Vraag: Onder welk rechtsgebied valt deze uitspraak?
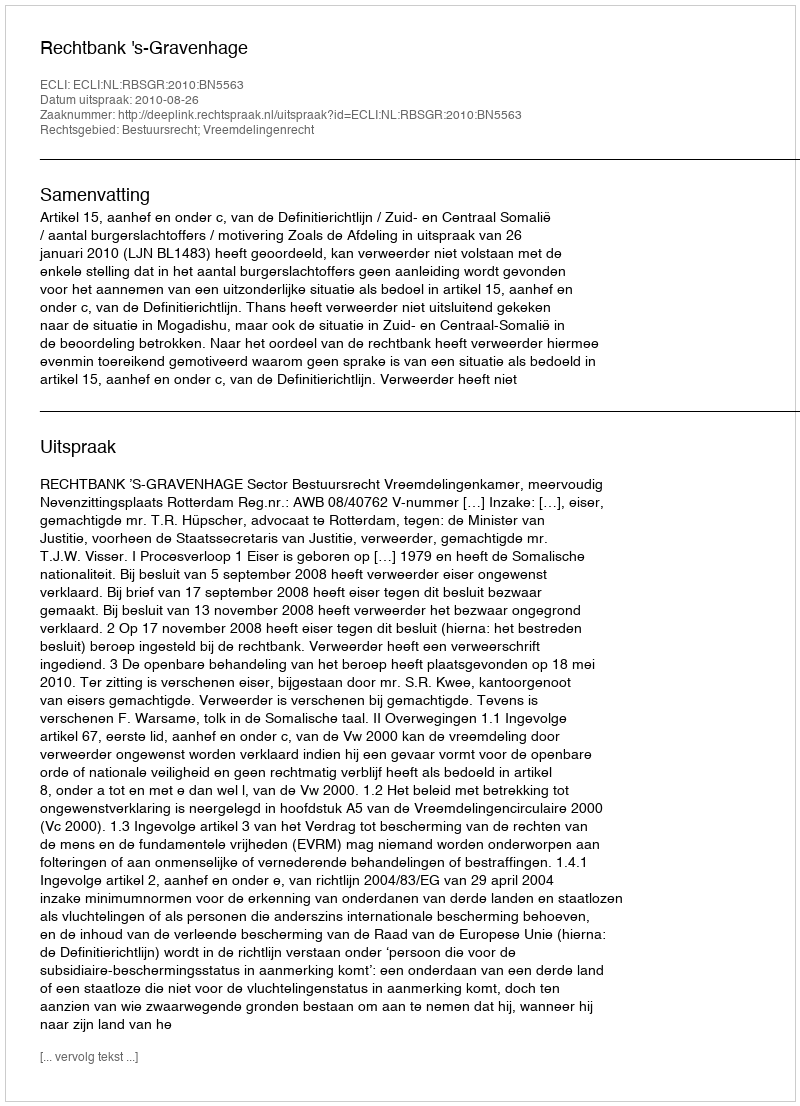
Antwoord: Bestuursrecht; Vreemdelingenrecht